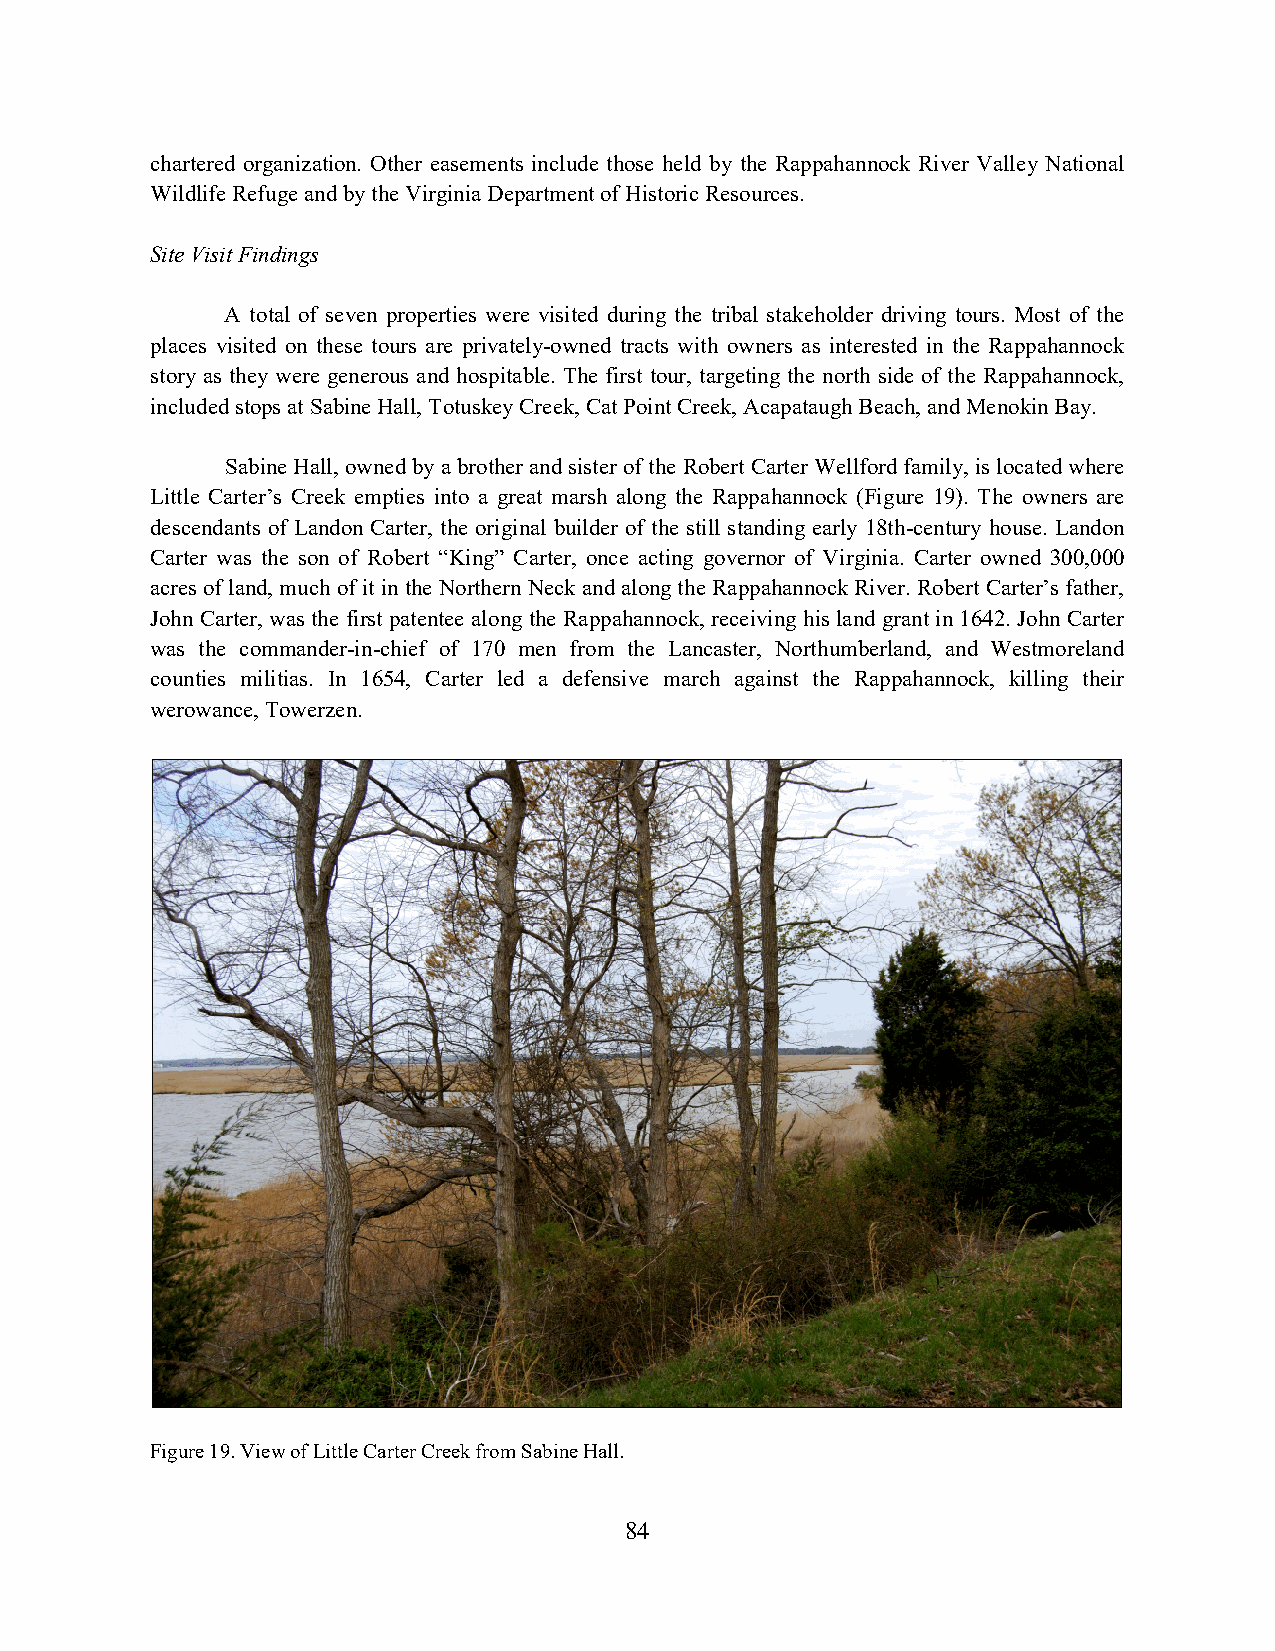
chartered organization. Other easements include those held by the Rappahannock River Valley National
 Wildlife Refuge and by the Virginia Department of Historic Resources.
 Site Visit Findings
 A total of seven properties were visited during the tribal stakeholder driving tours. Most of the
 places visited on these tours are privately-owned tracts with owners as interested in the Rappahannock
 story as they were generous and hospitable. The first tour, targeting the north side of the Rappahannock,
 included stops at Sabine Hall, Totuskey Creek, Cat Point Creek, Acapataugh Beach, and Menokin Bay.
 Sabine Hall, owned by a brother and sister of the Robert Carter Wellford family, is located where
 Little Carter’s Creek empties into a great marsh along the Rappahannock (Figure 19). The owners are
 descendants of Landon Carter, the original builder of the still standing early 18th-century house. Landon
 Carter was the son of Robert “King” Carter, once acting governor of Virginia. Carter owned 300,000
 acres of land, much of it in the Northern Neck and along the Rappahannock River. Robert Carter’s father,
 John Carter, was the first patentee along the Rappahannock, receiving his land grant in 1642. John Carter
 was the commander-in-chief of 170 men from the Lancaster, Northumberland, and Westmoreland
 counties militias. In 1654, Carter led a defensive march against the Rappahannock, killing their
 werowance, Towerzen.
 Figure 19. View of Little Carter Creek from Sabine Hall.
 84